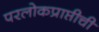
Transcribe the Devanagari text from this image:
परलोकप्राप्तीची